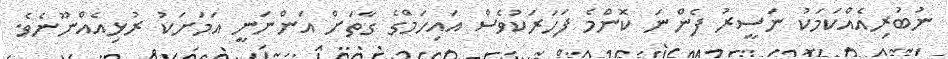
ނުބުރިއެއްކަމަކު ނަސީރު ފެންނަ ކޮންމެ ފަހަރަކުވެސް އައިހަމްގެ ގާތަށް އަންނަނީ އަމަށަކު ރުޅިއެއްނޫނެވެ.